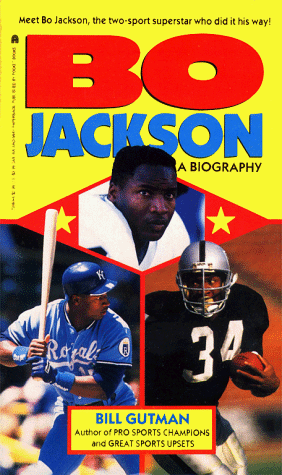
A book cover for Bo Jackson: Bo Jackson; Bill Gutman; Teen & Young Adult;